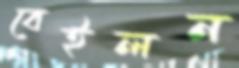
বেইলন